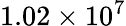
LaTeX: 1.02\times 10^{7}